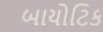
બાયોટિક